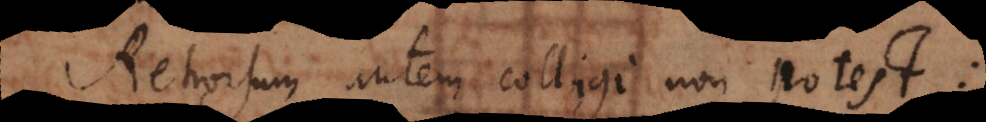
Retrorsum autem colligi non potest: